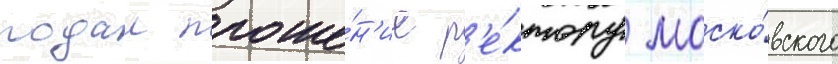
подал проше́н'ие р'е́ктору моско́вского